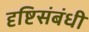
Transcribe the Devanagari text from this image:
दृष्टिसंबंधी